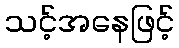
သင့်အနေဖြင့်